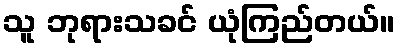
သူ ဘုရားသခင် ယုံကြည်တယ်။